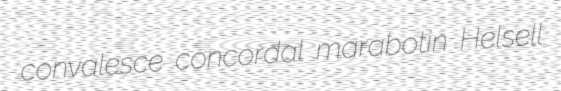
convalesce concordal marabotin Helsell